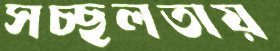
সচ্ছলতায়